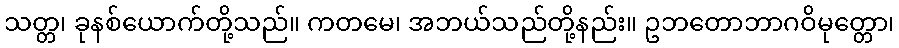
သတ္တ၊ ခုနစ်ယောက်တို့သည်။ ကတမေ၊ အဘယ်သည်တို့နည်း။ ဥဘတောဘာဂဝိမုတ္တော၊